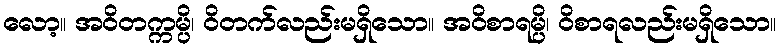
လော့။ အဝိတက္ကမ္ပိ၊ ဝိတက်လည်းမရှိသော။ အဝိစာရမ္ပိ၊ ဝိစာရလည်းမရှိသော။